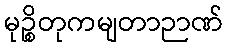
မုဉ္စိတုကမျတာဉာဏ်